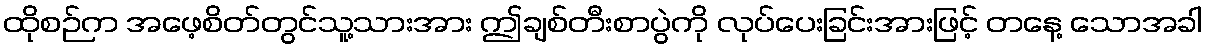
ထိုစဉ်က အဖေ့စိတ်တွင်သူ့သားအား ဤချစ်တီးစာပွဲကို လုပ်ပေးခြင်းအားဖြင့် တနေ့ သောအခါ